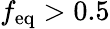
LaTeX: f_{\mathrm{eq}}>0.5